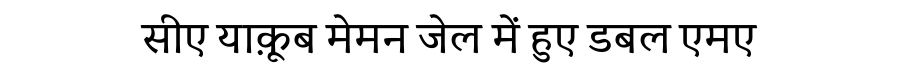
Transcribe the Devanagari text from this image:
सीए याक़ूब मेमन जेल में हुए डबल एमए